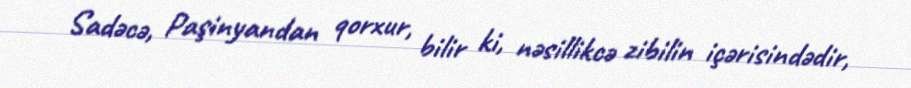
Sadəcə, Paşinyandan qorxur, bilir ki, nəsillikcə zibilin içərisindədir,